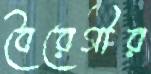
বৈরেগীর